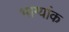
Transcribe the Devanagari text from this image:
भाग्यांक